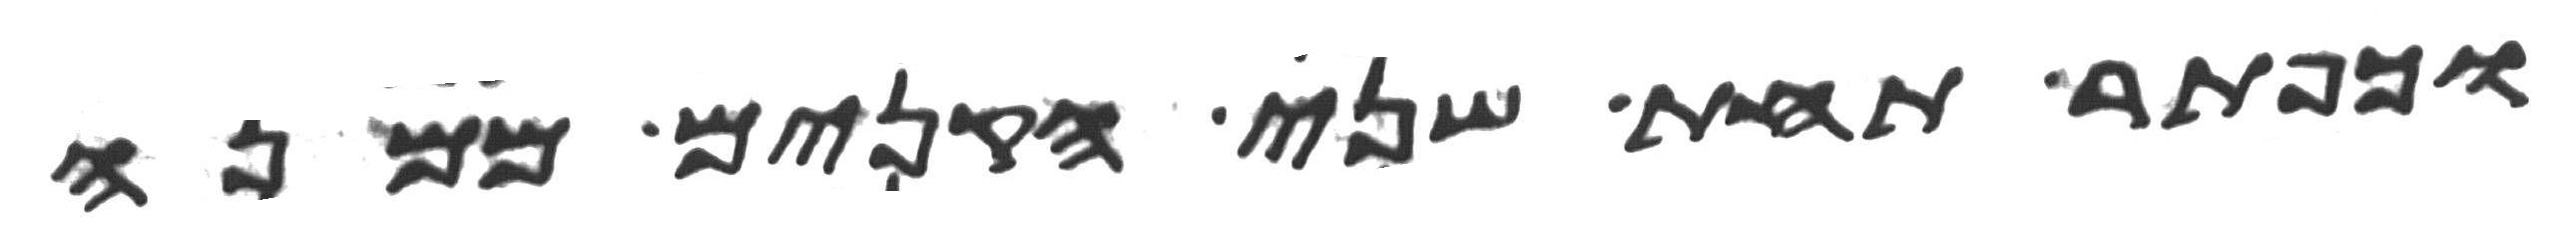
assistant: וכפתר תחת שני הקנים ממנה